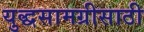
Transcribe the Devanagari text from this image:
युद्धसामग्रीसाठी